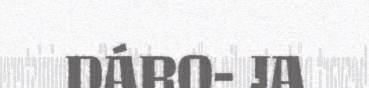
DÁRO- JA